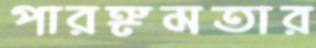
পারঙ্গমতার